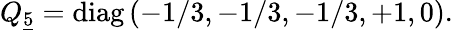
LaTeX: Q_{\underline{{{5}}}}=\mathrm{diag}\left(-1/3,-1/3,-1/3,+1,0\right).